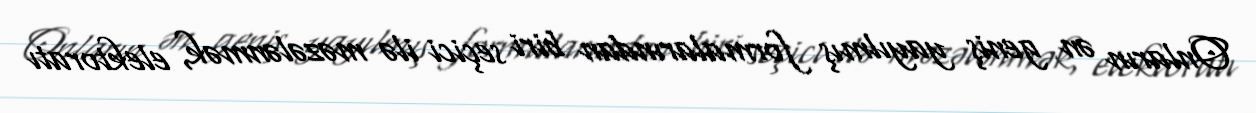
Onların ən geniş yayılmış formalarından biri seçici ilə məzələnmək, elektoratı